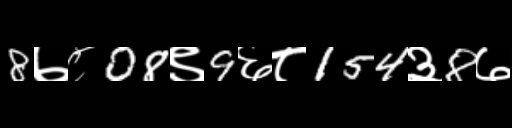
Text: 8७८08९9६८154३8७